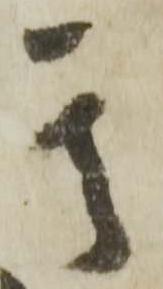
其